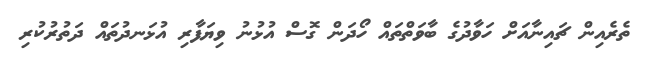
ތެރެއިން ޗައިނާއަށް ހަވާދުގެ ބާވަތްތައް ހޯދަން ގޮސް އުޅުނު ވިޔަފާރި އުޅަނދުތައް ދަތުރުކުރި